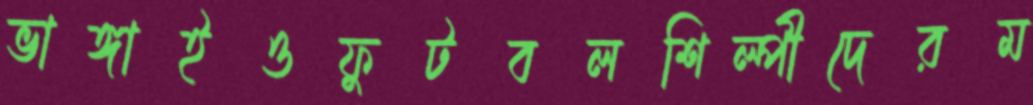
ভাঙ্গাইওফুটবলশিল্পীদেরম